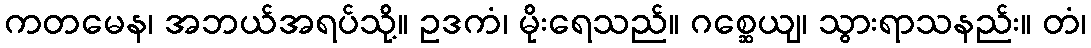
ကတမေန၊ အဘယ်အရပ်သို့။ ဥဒကံ၊ မိုးရေသည်။ ဂစ္ဆေယျ၊ သွားရာသနည်း။ တံ၊